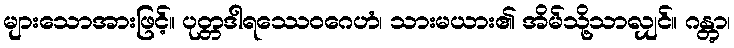
များသောအားဖြင့်။ ပုတ္တဒါရဿေဝဂေဟံ၊ သားမယား၏ အိမ်သို့သာလျှင်။ ဂန္တွာ၊